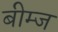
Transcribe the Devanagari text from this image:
बीम्ज